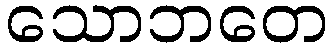
သောဘတေ